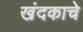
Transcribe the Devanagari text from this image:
खंदकाचे